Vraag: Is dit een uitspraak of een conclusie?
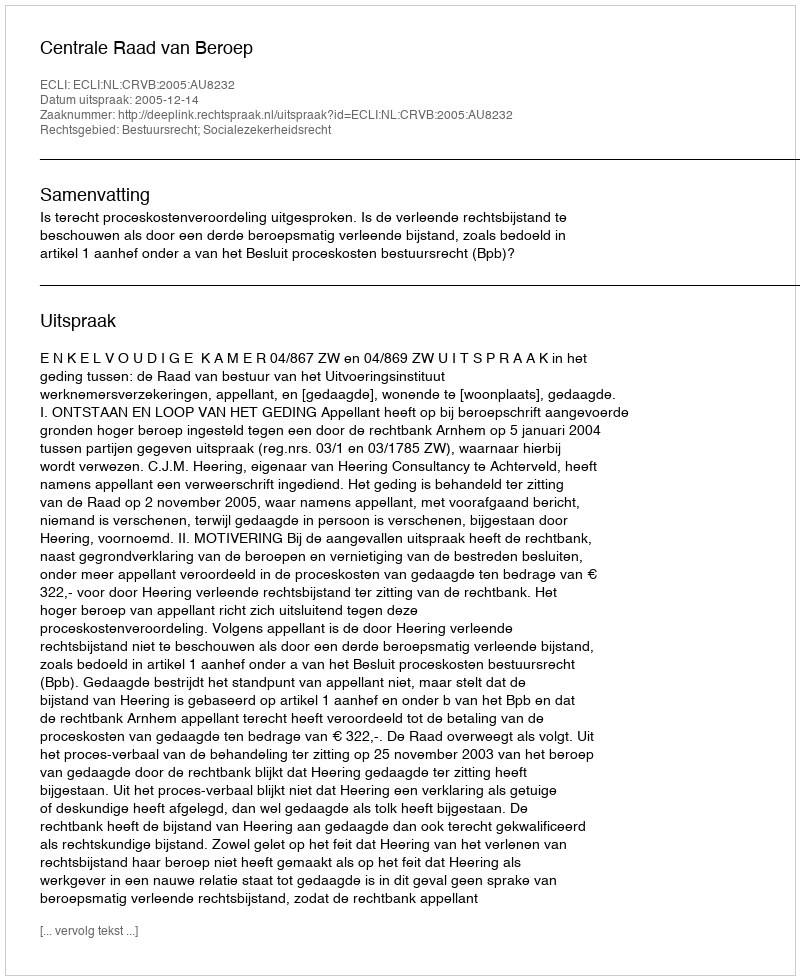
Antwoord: Uitspraak